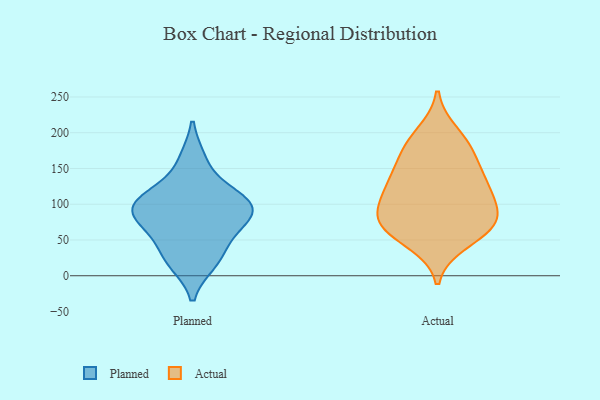
{"axis": {"x": "Net Income (USD K)", "y": "Value"}, "legend": ["Actual", "Planned"], "data": [{"x": "", "y": 26, "type": "Planned"}, {"x": "", "y": 55, "type": "Planned"}, {"x": "", "y": 19, "type": "Planned"}, {"x": "", "y": 78, "type": "Planned"}, {"x": "", "y": 85, "type": "Planned"}, {"x": "", "y": 105, "type": "Planned"}, {"x": "", "y": 162, "type": "Planned"}, {"x": "", "y": 87, "type": "Planned"}, {"x": "", "y": 109, "type": "Planned"}, {"x": "", "y": 109, "type": "Planned"}, {"x": "", "y": 130, "type": "Actual"}, {"x": "", "y": 121, "type": "Actual"}, {"x": "", "y": 133, "type": "Actual"}, {"x": "", "y": 70, "type": "Actual"}, {"x": "", "y": 61, "type": "Actual"}, {"x": "", "y": 73, "type": "Actual"}, {"x": "", "y": 47, "type": "Actual"}, {"x": "", "y": 199, "type": "Actual"}, {"x": "", "y": 82, "type": "Actual"}, {"x": "", "y": 93, "type": "Actual"}, {"x": "", "y": 177, "type": "Actual"}, {"x": "", "y": 155, "type": "Actual"}, {"x": "", "y": 180, "type": "Actual"}, {"x": "", "y": 78, "type": "Actual"}, {"x": "", "y": 114, "type": "Actual"}]}